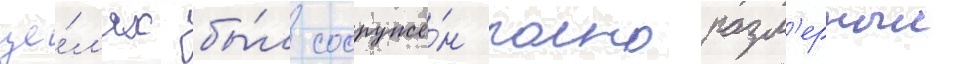
це́л'ях бы́л сооружё́н полноразм'ерныи